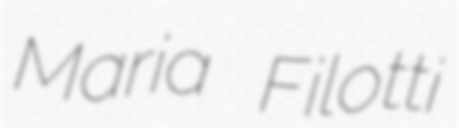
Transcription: Maria Filotti